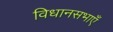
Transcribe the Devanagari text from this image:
विधानसभाएँ